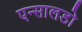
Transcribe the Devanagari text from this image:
एन्सालडो